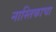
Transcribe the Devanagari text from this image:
नास्तिकाचा